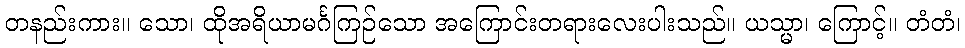
တနည်းကား။ သော၊ ထိုအရိယာမင်္ဂကြဉ်သော အကြောင်းတရားလေးပါးသည်။ ယသ္မာ၊ ကြောင့်။ တံတံ၊